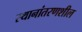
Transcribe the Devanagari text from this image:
स्थानांतरणशील